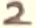
Text: 2